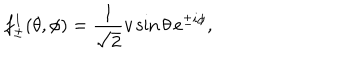
f _ { \pm } ^ { 1 } ( \theta , \phi ) = \frac { 1 } { \sqrt { 2 } } v \sin \theta \, e ^ { \pm i \phi } ,